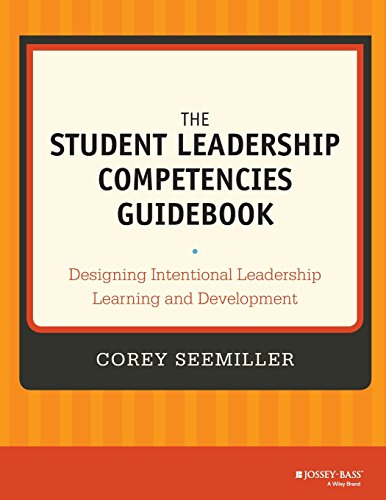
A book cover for The Student Leadership Competencies Guidebook: Designing Intentional Leadership Learning and Development; Corey Seemiller; Education & Teaching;